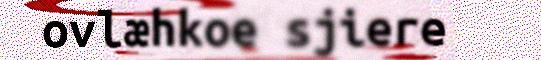
ovlæhkoe sjiere